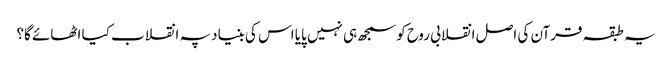
یہ طبقہ قرآن کی اصل انقلابی روح کو سمجھ ہی نہیں پایا اس کی بنیاد پہ انقلاب کیا اٹھائے گا؟